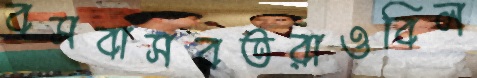
বসবাসরতরাওবিল